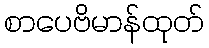
စာပေဗိမာန်ထုတ်